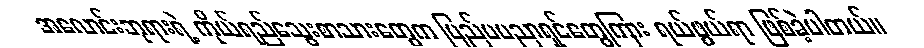
အလောင်းဘုရားရဲ့ ကိုယ်ရည်သွေးစာသားတွေက ပြည်ပပညာရှင်တွေကြား ရယ်ဖွယ်ရာ ဖြစ်ခဲ့ပါတယ်။